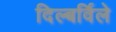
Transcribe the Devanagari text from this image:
दिल्बर्विले